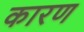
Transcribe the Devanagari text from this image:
कारण्‍ा